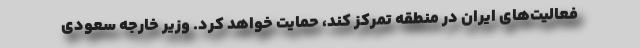
فعالیت‌های ایران در منطقه تمرکز کند، حمایت خواهد کرد. وزیر خارجه سعودی